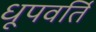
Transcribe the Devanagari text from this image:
धूपवर्ति